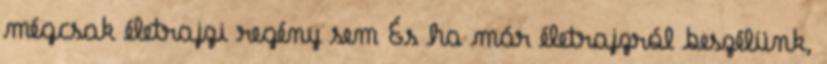
mégcsak életrajzi regény sem És ha már életrajzról beszélünk,